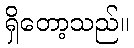
ရှိတော့သည်။